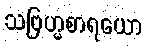
သဗြဟ္မစာရယော